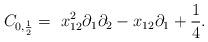
LaTeX: \begin{align*}C_{0, \frac{1}{2} } = \ x_{12}^2 \partial_1 \partial_2- x_{12} \partial_1 + \frac{1}{4} .\end{align*}